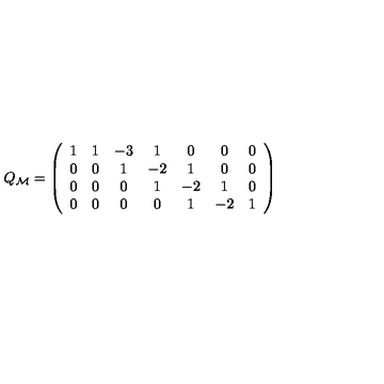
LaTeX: Q _ { \cal M } = \left( \begin{array} { c c c c c c c c } { 1 } & { 1 } & { - 3 } & { 1 } & { 0 } & { 0 } & { 0 } \\ { 0 } & { 0 } & { 1 } & { - 2 } & { 1 } & { 0 } & { 0 } \\ { 0 } & { 0 } & { 0 } & { 1 } & { - 2 } & { 1 } & { 0 } \\ { 0 } & { 0 } & { 0 } & { 0 } & { 1 } & { - 2 } & { 1 } \\ \end{array} \right)